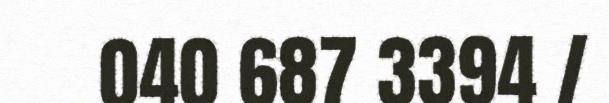
040 687 3394 /